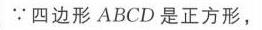
\(\because\)四边形\(ABCD\)是正方形，